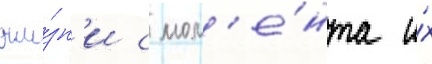
жи́зн'и с мом'е́нта и́х